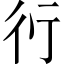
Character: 𬠽